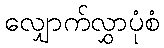
လျှောက်လွှာပုံစံ